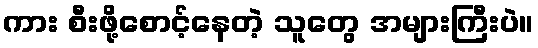
ကား စီးဖို့စောင့်နေတဲ့ သူတွေ အများကြီးပဲ။